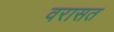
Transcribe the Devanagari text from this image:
वरासत